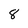
Character: 8